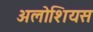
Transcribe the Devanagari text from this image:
अलोशियस